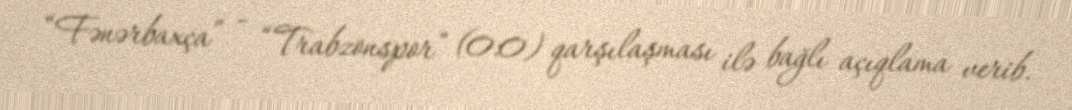
“Fənərbaxça” - “Trabzonspor” (0:0) qarşılaşması ilə bağlı açıqlama verib.